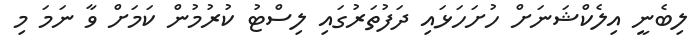
ލިބެނީ އިލެކްޝަނަށް ހުށަހަޅައި ދަފުތަރުގައި ލިސްޓު ކުރުމުން ކަމަށް ވާ ނަމަ މި